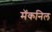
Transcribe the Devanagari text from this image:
मॅकनिल